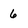
Character: 6